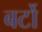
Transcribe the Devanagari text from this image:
बर्टो